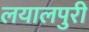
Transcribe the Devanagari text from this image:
लयालपुरी